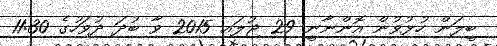
ބީލަން ހުޅުވުން އޮންނާނީ 29 ޖުލައި 2015 ވާ ބުދަ ދުވަހުގެ 11:30